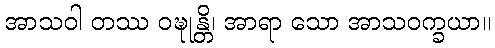
အာသဝါ တဿ ဝဍ္ဎုန္တိ၊ အာရာ သော အာသဝက္ခယာ။